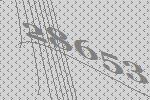
28653